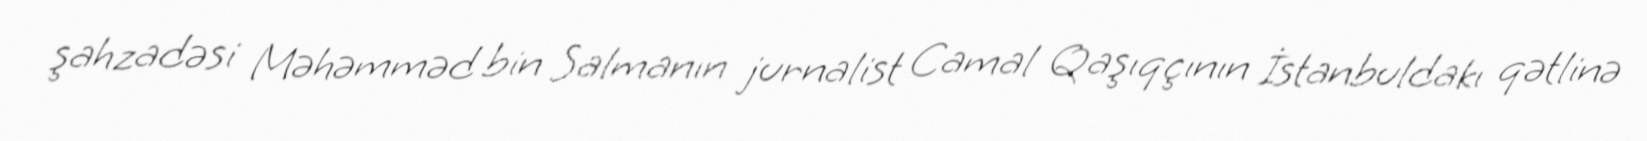
şahzadəsi Məhəmməd bin Salmanın jurnalist Camal Qaşıqçının İstanbuldakı qətlinə